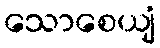
သောစေယျံ